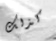
كذلك